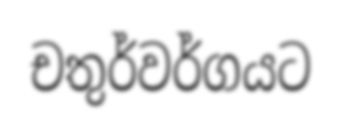
චතුර්වර්ගයට